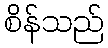
စိန်သည်